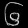
Digit: ၆